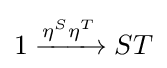
1\xrightarrow {\eta ^{S}\eta ^{T}} ST